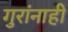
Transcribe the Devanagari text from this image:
गुरांनाही